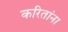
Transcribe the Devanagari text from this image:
करितांना